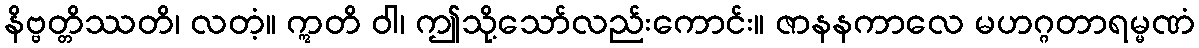
နိဗ္ဗတ္တိဿတိ၊ လတံ့။ ဣတိ ဝါ၊ ဤသို့သော်လည်းကောင်း။ ဇာနနကာလေ မဟဂ္ဂတာရမ္မဏံ